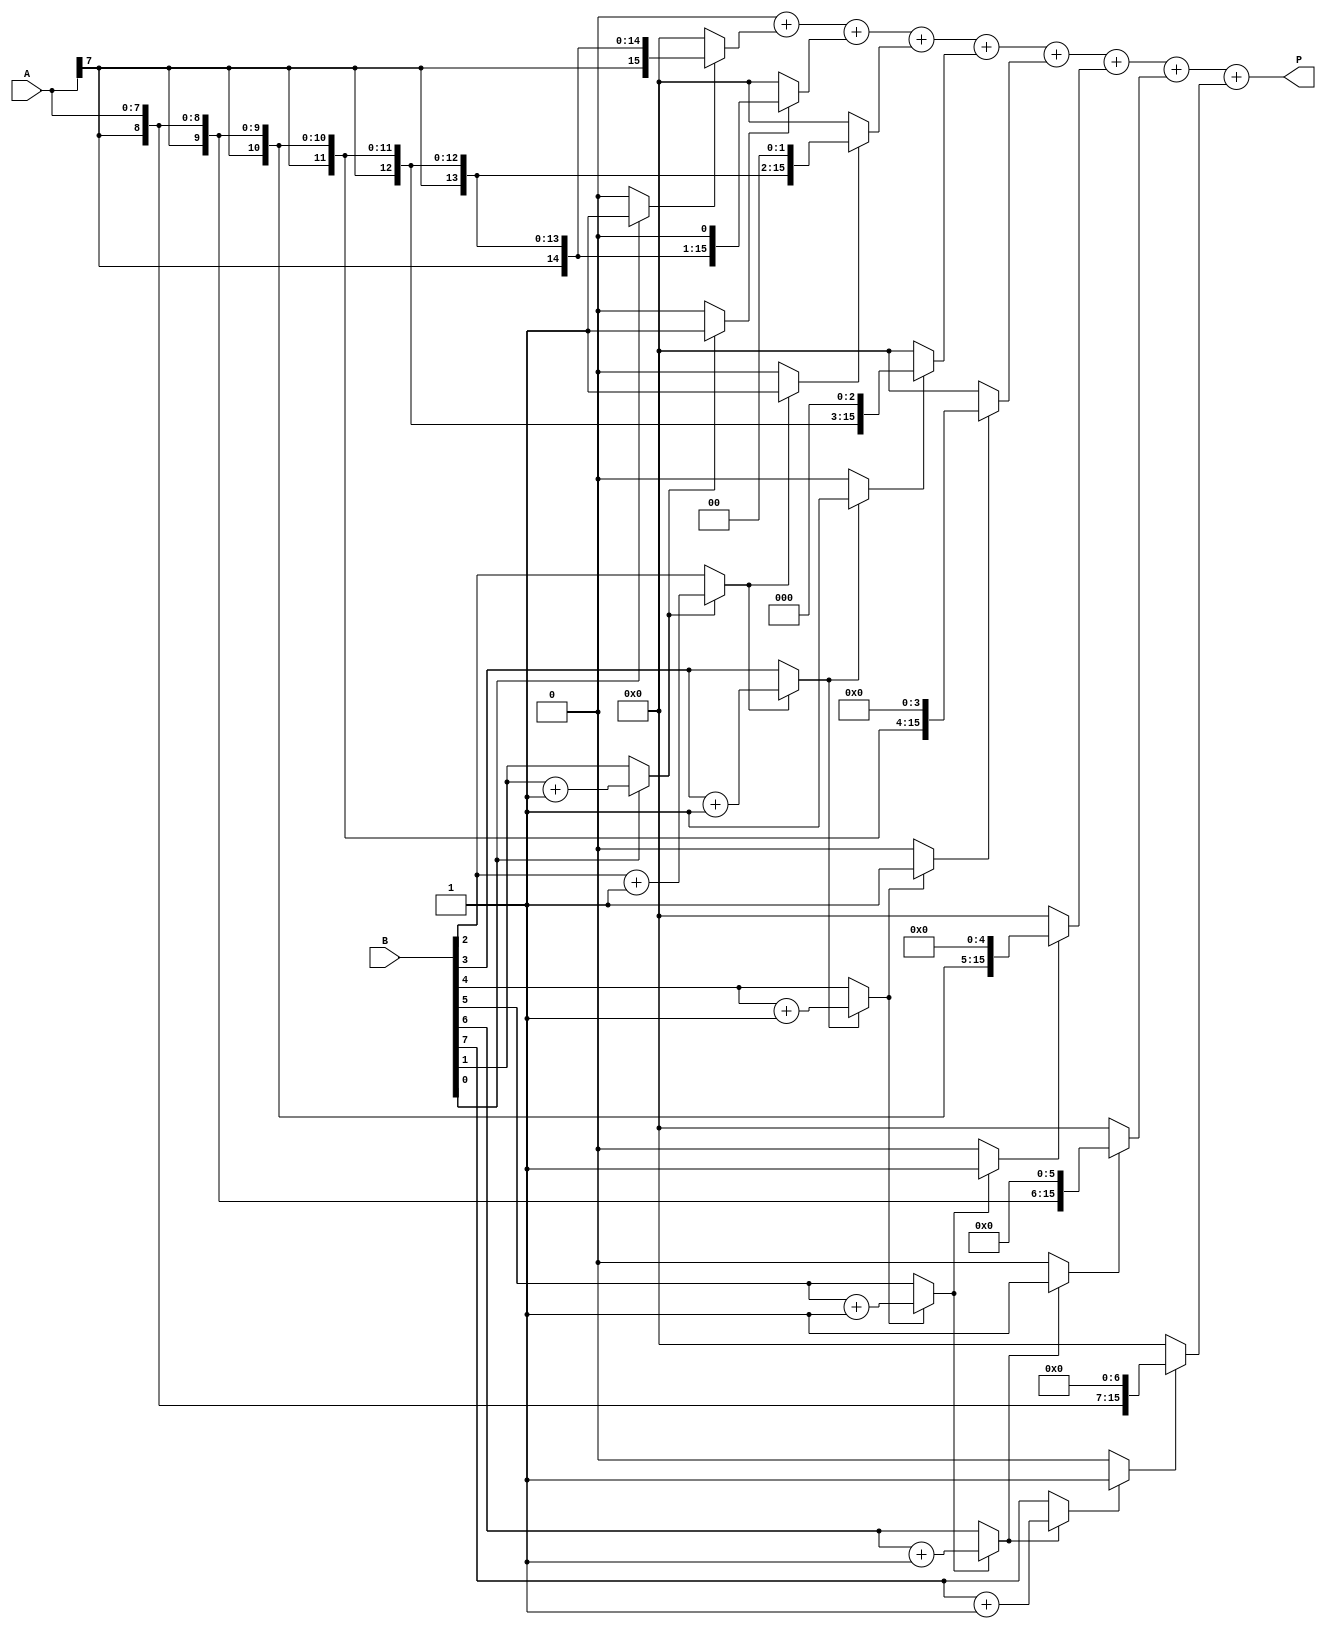
module csd_multiplier #(parameter N = 8) (
    input signed [N-1:0] A, // Operand 1
    input signed [N-1:0] B, // Operand 2
    output reg signed [2*N-1:0] P // Product
);

    // CSD representation
    reg signed [N-1:0] csd_A;
    reg signed [N-1:0] csd_B;

    // Function to convert binary to CSD
    function signed [N-1:0] binary_to_csd;
        input signed [N-1:0] bin;
        integer i;
        reg [N-1:0] temp;
        begin
            temp = bin;
            binary_to_csd = 0;
            for (i = 0; i < N; i = i + 1) begin
                if (temp[i] == 1) begin
                    binary_to_csd[i] = 1;
                    if (i < N-1) temp[i+1] = temp[i+1] + 1; // Carry
                end else if (temp[i] == 0) begin
                    binary_to_csd[i] = 0;
                end else begin
                    binary_to_csd[i] = -1;
                    if (i < N-1) temp[i+1] = temp[i+1] - 1; // Borrow
                end
            end
        end
    endfunction

    // Generate partial products based on CSD representation
    reg signed [2*N-1:0] partial_products [0:N-1];
    integer j;

    always @(*) begin
        // Convert inputs to CSD
        csd_A = binary_to_csd(A);
        csd_B = binary_to_csd(B);

        // Initialize product
        P = 0;

        // Generate partial products
        for (j = 0; j < N; j = j + 1) begin
            if (csd_B[j] == 1) begin
                partial_products[j] = A << j; // Add A shifted left
            end else if (csd_B[j] == -1) begin
                partial_products[j] = -A << j; // Subtract A shifted left
            end else begin
                partial_products[j] = 0; // No contribution
            end
        end

        // Sum the partial products
        for (j = 0; j < N; j = j + 1) begin
            P = P + partial_products[j];
        end
    end

endmodule